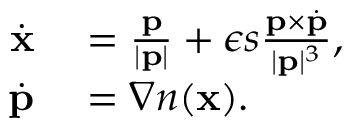
\begin{array} { r l } { \dot { \mathbf { x } } } & { { } = \frac { \mathbf { p } } { | \mathbf { p } | } + \epsilon s \frac { \mathbf { p } \times \dot { \mathbf { p } } } { | \mathbf { p } | ^ { 3 } } , } \\ { \dot { \mathbf { p } } } & { { } = \nabla n ( \mathbf { x } ) . } \end{array}